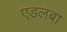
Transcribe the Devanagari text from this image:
एडलबा